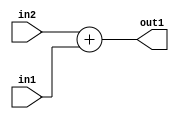
`timescale 1ps / 1ps
/*****************************************************************************
    Verilog RTL Description
    
    
    Created by: Stratus DpOpt 21.05.01 
*******************************************************************************/

module SobelFilter_Add_6Ux5U_6U_1 (
	in2,
	in1,
	out1
	); /* architecture "behavioural" */ 
input [5:0] in2;
input [4:0] in1;
output [5:0] out1;
wire [5:0] asc001;

assign asc001 = 
	+(in2)
	+(in1);

assign out1 = asc001;
endmodule

/* CADENCE  ubD2Sg0= : u9/ySxbfrwZIxEzHVQQV8Q== ** DO NOT EDIT THIS LINE ******/